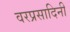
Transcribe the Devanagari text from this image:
वरप्रसादिनी